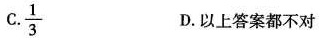
C. \frac{1}{3} D.以上答案都不对